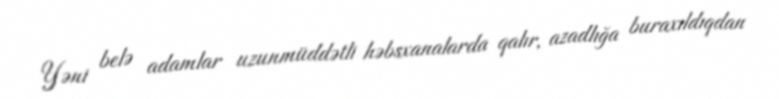
Yəni belə adamlar uzunmüddətli həbsxanalarda qalır, azadlığa buraxıldıqdan